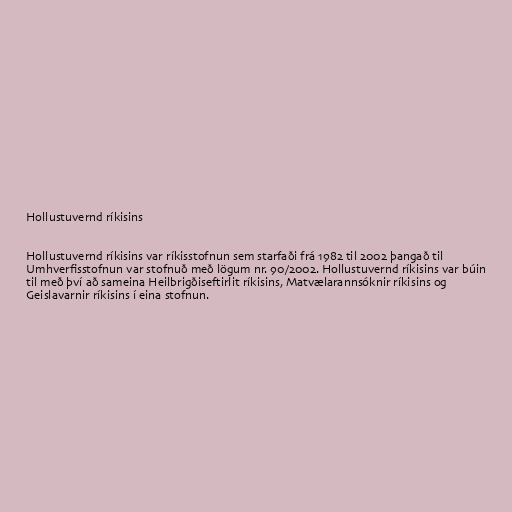
Hollustuvernd ríkisins

Hollustuvernd ríkisins var ríkisstofnun sem starfaði frá 1982 til 2002 þangað til
Umhverfisstofnun var stofnuð með lögum nr. 90/2002. Hollustuvernd ríkisins var búin
til með því að sameina Heilbrigðiseftirlit ríkisins, Matvælarannsóknir ríkisins og
Geislavarnir ríkisins í eina stofnun.